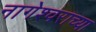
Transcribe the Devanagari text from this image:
नागेश्वराच्या